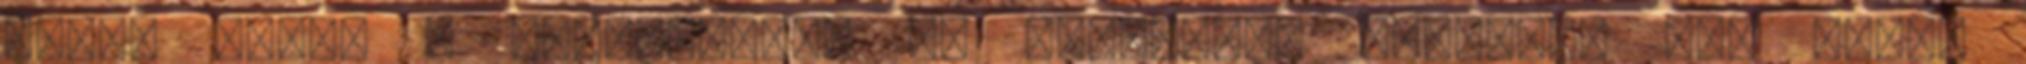
akkor irány a "nagyvilág" és semmilyen nehézség nem állít